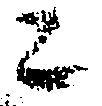
ニ